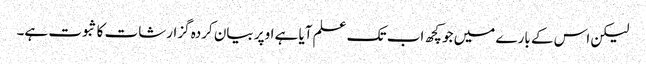
لیکن اس کے بارے میں جو کچھ اب تک علم آیا ہے اوپر بیان کردہ گزارشات کا ثبوت ہے۔